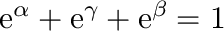
\mathrm { e } ^ { \alpha } + \mathrm { e } ^ { \gamma } + \mathrm { e } ^ { \beta } = 1